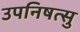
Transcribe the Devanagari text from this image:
उपनिषत्सु